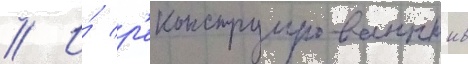
// И́ р'еконструированныи в